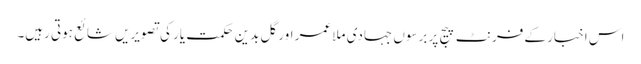
اس اخبار کے فرنٹ پیج پر برسوں جہادی ملا عمر اور گل بدین حکمت یار کی تصویریں شائع ہوتی رہیں۔